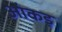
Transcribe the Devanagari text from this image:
आंकड़